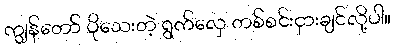
ကျွန်တော် ပိုသေးတဲ့ ရွက်လှေ တစ်စင်းငှားချင်လို့ပါ။